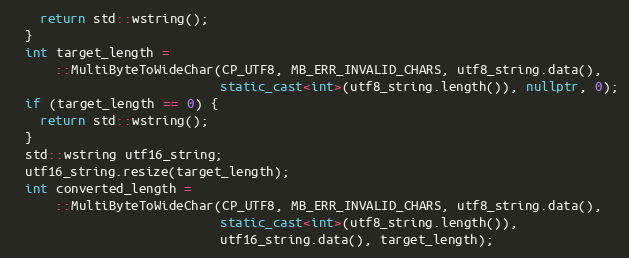
Language: C++
    return std::wstring();
  }
  int target_length =
      ::MultiByteToWideChar(CP_UTF8, MB_ERR_INVALID_CHARS, utf8_string.data(),
                            static_cast<int>(utf8_string.length()), nullptr, 0);
  if (target_length == 0) {
    return std::wstring();
  }
  std::wstring utf16_string;
  utf16_string.resize(target_length);
  int converted_length =
      ::MultiByteToWideChar(CP_UTF8, MB_ERR_INVALID_CHARS, utf8_string.data(),
                            static_cast<int>(utf8_string.length()),
                            utf16_string.data(), target_length);